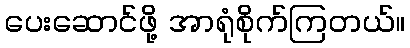
ပေးဆောင်ဖို့ အာရုံစိုက်ကြတယ်။